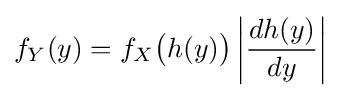
f_{Y}(y)=f_{X}{\bigl (}h(y){\bigr )}\left|{\frac {dh(y)}{dy}}\right|